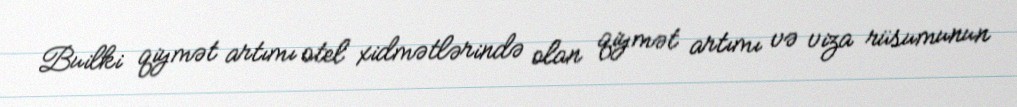
Builki qiymət artımı otel xidmətlərində olan qiymət artımı və viza rüsumunun